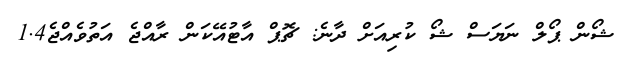
ޝޯން ޕޯލް ނަޔަސް ޝޯ ކުރިއަށް ދާނެ: ޗޮޕް އާޓުއޭކަން ރާއްޖެ އަތުވެއްޖެ1.4